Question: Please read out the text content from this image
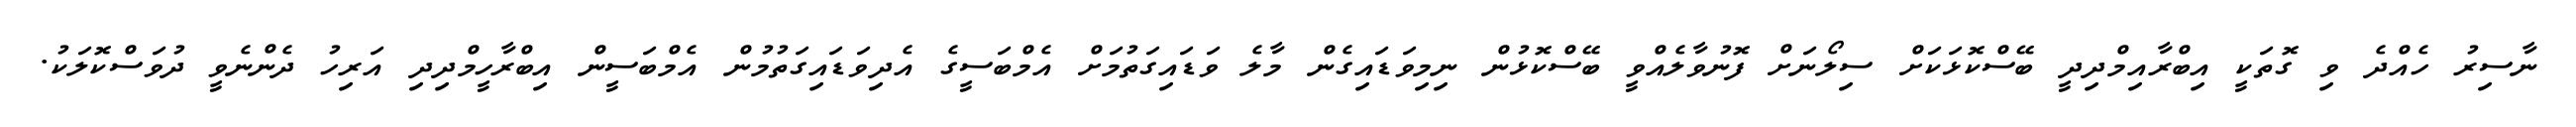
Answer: ނާސިރު ހެއްދެ ވި ގޮތަކީ އިބްރާއިމްދިދީ ބޭސްކޮޅަކަށް ސިލޯނަށް ފޮނުވާލެއްވީ ބޭސްކޮޅުން ނިމިވަޑައިގެން މާލެ ވަޑައިގަތުމަށް އެމްބަސީގެ އެދިވަޑައިގަތުމުން އެމްބަސީން އިބްރާހީމްދިދި އަރިހު ދެންނެވީ ދުވަސްކޮލަކު.